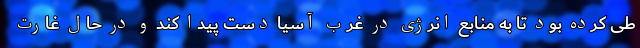
طی کرده بود تا به منابع انرژی در غرب آسیا دست پیدا کند و در حال غارت